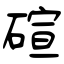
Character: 碹